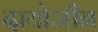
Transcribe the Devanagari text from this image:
दायोजीन